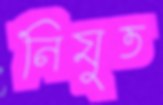
নিযুত